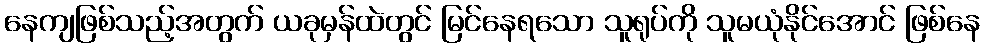
နေကျဖြစ်သည့်အတွက် ယခုမှန်ထဲတွင် မြင်နေရသော သူရုပ်ကို သူမယုံနိုင်အောင် ဖြစ်နေ